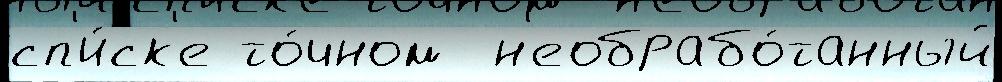
сп'и́ск'е то́чном  н'еобрабо́танный